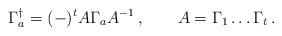
\begin{align*}\Gamma_a^\dagger =(-)^t A\Gamma_a A^{-1}\,,\qquad A=\Gamma_1\ldots\Gamma_t\,.\end{align*}